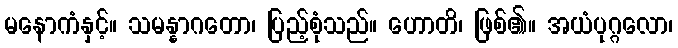
မနောကံနှင့်။ သမန္နာဂတော၊ ပြည့်စုံသည်။ ဟောတိ၊ ဖြစ်၏။ အယံပုဂ္ဂလော၊